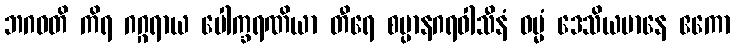
ဘဂဝတိ ကိရ ဂဂ္ဂရာယ ပေါက္ခရဏိယာ တီရေ စမ္ပာနဂရဝါသီနံ ဓမ္မံ ဒေသိယမာနေ ဧကော